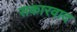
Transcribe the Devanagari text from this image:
सकारवाद